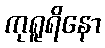
ကုရူရိနော